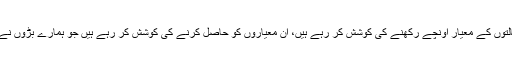
پس ہمیں اپنے جائزے لینے کی ضرورت ہے کہ کیا ہم اپنی عملی حالتوں کے معیار اونچے رکھنے کی کوشش کر رہے ہیں، اُن معیاروں کو حاصل کرنے کی کوشش کر رہے ہیں جو ہمارے بڑوں نے کئے، چاہے وہ صحابہ تھے یا اُن کے بعد ہونے والے احمدی تھے۔